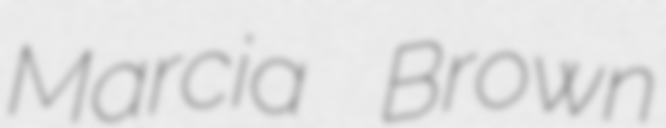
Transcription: Marcia Brown